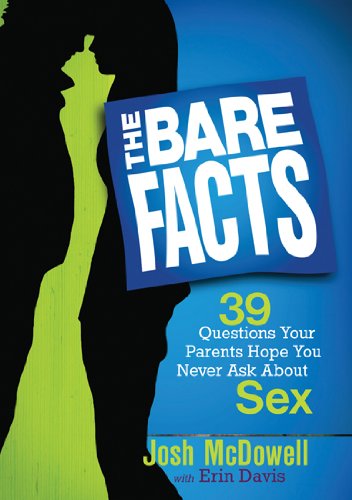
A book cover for The Bare Facts: 39 Questions Your Parents Hope You Never Ask About Sex; Josh McDowell; Teen & Young Adult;